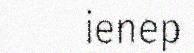
ienep